Civil Veterinary Department Bihar & Orissa reports 1929-36 - 1929-1936
Year: 1929
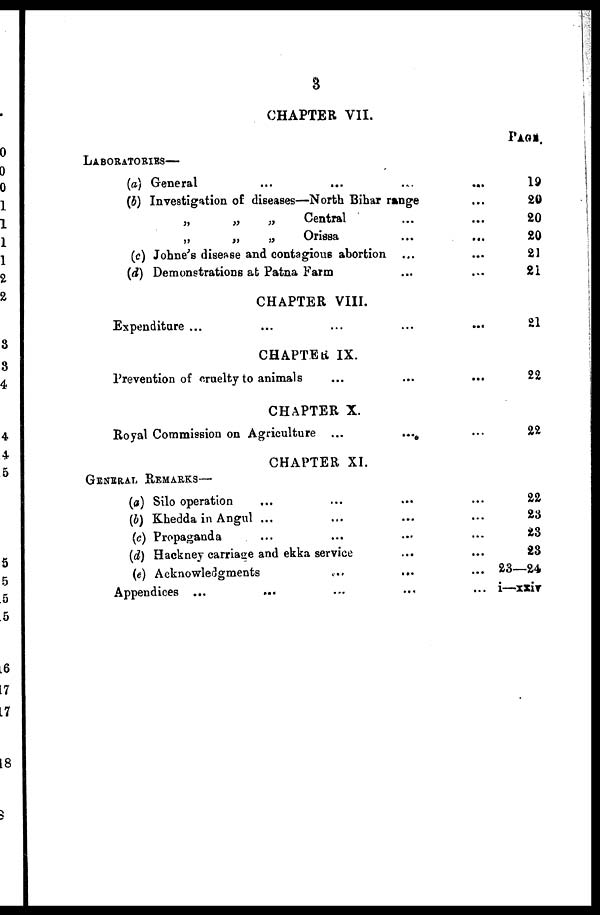
3
CHAPTER VII.
PAGE.
LABORATORIES
(a)
(b)
(c)
(d)
General
...
... ... ...
Investigation of diseases—North Biharrange ...
„
„
„
Central... ...
„
„
„
Orissa
... ...
Johne's disease and contagious abortion ... ...
Demonstrations at Patna Farm
... ...
19
20
20
20
21
21
CHAPTER VIII.
Expenditure ... ... ... ...
21
CHAPTER IX.
Prevention of cruelty to animals ... ... ...
22
CHAPTER X.
Royal Commission on Agriculture ...
...
...
22
CHAPTER XI.
GENERAL REMARKS—
(a) Silo operation ... ... ... ...
(b) Khedda in Angul ... ... ...
(c) Propaganda ... ... ...
(d) Hackney carriage and ekka service ... ...
(e) Acknowledgments ... ... ...
Appendices ... ... ... ... ...
22
23
23
23
23—24
i—xxiv